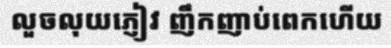
លួចលុយភ្ញៀវ ញឹកញាប់ពេកហើយ